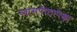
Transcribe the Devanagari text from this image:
व्यासपीठापेक्षा